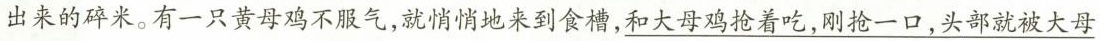
出来的碎米。有一只黄母鸡不服气，就悄悄地来到食槽，\underline{和大母鸡抢着吃，刚抢一口，头部就被大母}